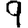
Digit: 9